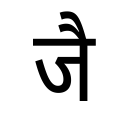
OCR:
जै